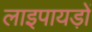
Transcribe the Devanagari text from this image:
लाइपायड़ों